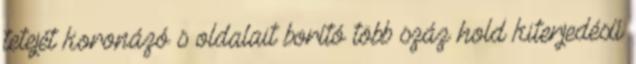
tetejét koronázó s oldalait borító több száz hold kiterjedésű